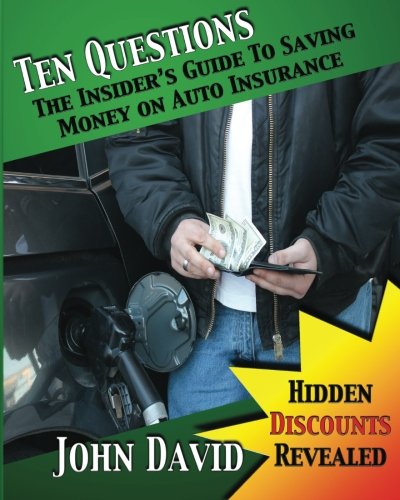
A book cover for Ten Questions - The Insider's Guide to Saving Money on Auto Insurance: Hidden Discounts Revealed; John David; Engineering & Transportation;